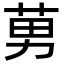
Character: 莮